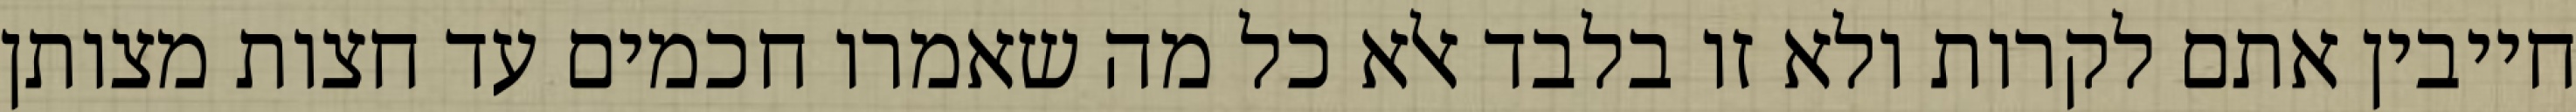
חייבין אתם לקרות ולא זו בלבד אלא כל מה שאמרו חכמים עד חצות מצותן